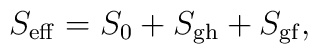
S_{\rm eff}=S_0+S_{\rm gh}+S_{\rm gf},